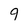
Character: 9